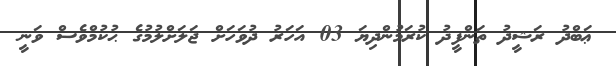
ޢަބްދު ރަޝީދު ތަންފީޛު ކުރަމުންދިޔަ 03 އަހަރު ދުވަހަށް ޖަލަށްލުމުގެ ޙުކުމްވެސް ވަނީ